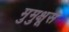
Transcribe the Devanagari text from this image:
मुमुक्षूस